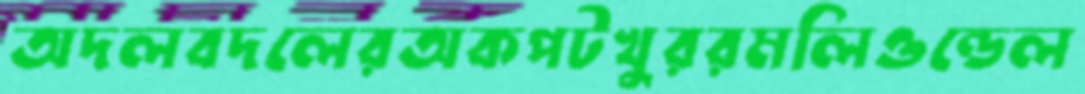
অদলবদলেরঅকপটখুররমলিওন্ডেল